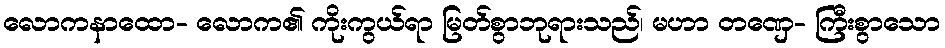
လောကနာထော- လောက၏ ကိုးကွယ်ရာ မြတ်စွာဘုရားသည်၊ မဟာ တဏှေ- ကြီးစွာသော